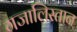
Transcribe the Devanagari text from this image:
गजालिस्तान